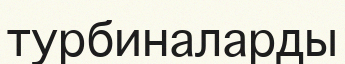
турбиналарды